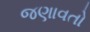
જણાવતો